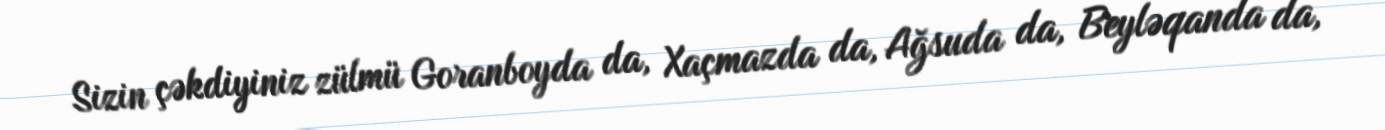
Sizin çəkdiyiniz zülmü Goranboyda da, Xaçmazda da, Ağsuda da, Beyləqanda da,